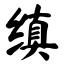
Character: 缜